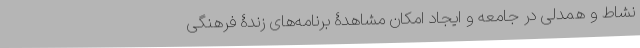
نشاط و همدلی در جامعه و ایجاد امکان مشاهدۀ برنامه‌های زندۀ فرهنگی